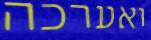
ואערכה